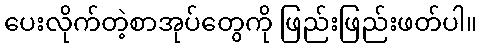
ပေးလိုက်တဲ့စာအုပ်တွေကို ဖြည်းဖြည်းဖတ်ပါ။